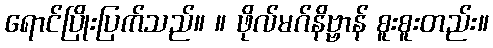
ရောင်ပြိုးပြက်သည်။ ။ ဖိုလ်မဂ်နိဗ္ဗာန် စူးစူးတည်း။